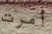
أمرت